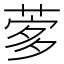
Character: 𦴌